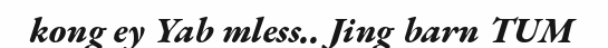
kong ey Yab mless.. Jing barn TUM